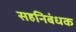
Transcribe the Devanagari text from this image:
सहनिबंधक